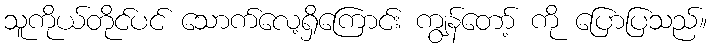
သူကိုယ်တိုင်ပင် သောက်လေ့ရှိကြောင်း ကျွန်တော့် ကို ပြောပြသည်။